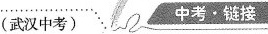
(武汉中考) 中考·链接